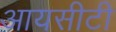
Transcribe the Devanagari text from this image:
आयसीटी